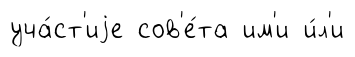
уча́ст'иjе сов'е́та им'и и́л'и